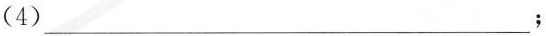
(4)___；